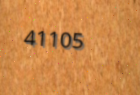
41105